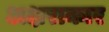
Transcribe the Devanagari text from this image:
अक्षराकार